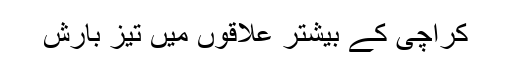
کراچی کے بیشتر علاقوں میں تیز بارش